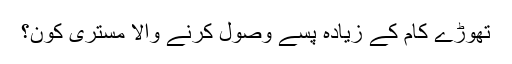
تھوڑے کام کے زیادہ پسے وصول کرنے والا مستری کون؟